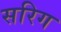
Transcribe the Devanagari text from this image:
सरिग